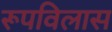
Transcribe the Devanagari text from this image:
रूपविलास